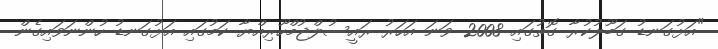
"އަޅުގަނޑު ގަބޫލުކުރާ ގޮތުގައި 2008 ވަނަ އަހަރު ރައީސުލްޖުމްހޫރިއްޔާ ކަމުގައި އަޅުގަނޑު ހުންނަވައިގެން